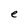
Character: e